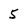
Character: 5